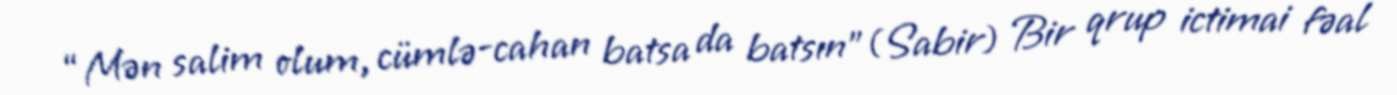
“Mən salim olum, cümlə-cahan batsa da batsın”(Sabir) Bir qrup ictimai fəal